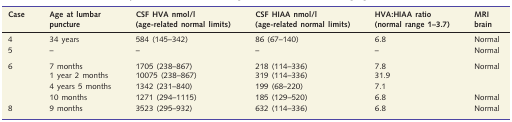
| Case | Age at lumbar puncture | CSF HVA nmol/l (age-related normal limits) | CSF HIAA nmol/l (age-related normal limits) | HVA:HIAA ratio (normal range 1–3.7) | MRI brain |
 | --- | --- | --- | --- | --- | --- |
 | 4 | 34 years | 584 (145–342) | 86 (67–140) | 6.8 | Normal |
 | 5 | – | – | – | – | Normal |
 | <ROWSPAN=4> 6 | 7 months | 1705 (238–867) | 218 (114–336) | 7.8 | <ROWSPAN=3> Normal |
 | 1 year 2 months | 10075 (238–867) | 319 (114–336) | 31.9 |
 | 4 years 5 months | 1342 (231–840) | 199 (68–220) | 7.1 |
 | 10 months | 1271 (294–1115) | 185 (129–520) | 6.8 | Normal |
 | 8 | 9 months | 3523 (295–932) | 632 (114–336) | 6.8 | Normal |